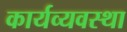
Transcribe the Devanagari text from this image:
कार्यव्यवस्था